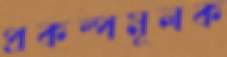
প্রকল্পমূলক